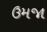
ઉમજા